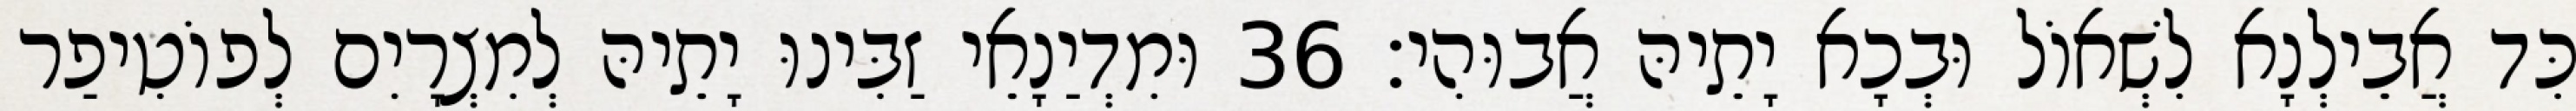
כִּד אֲבֵילְנָא לִשְׁאוֹל וּבְכָא יָתֵיהּ אֲבוּהִי׃ 36 וּמִדְיַנָאֵי זַבִּינוּ יָתֵיהּ לְמִצְרָיִם לְפוֹטִיפַר